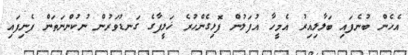
އެހެން ބުނެފައި ބަލާލިއިރު އެމީހާ އުފަލުން ފޮޅިގެންހުރެ ޚަލީފާގެ ގަނޑުވަރުން ނުކުންނަތަން ފެނިފައި